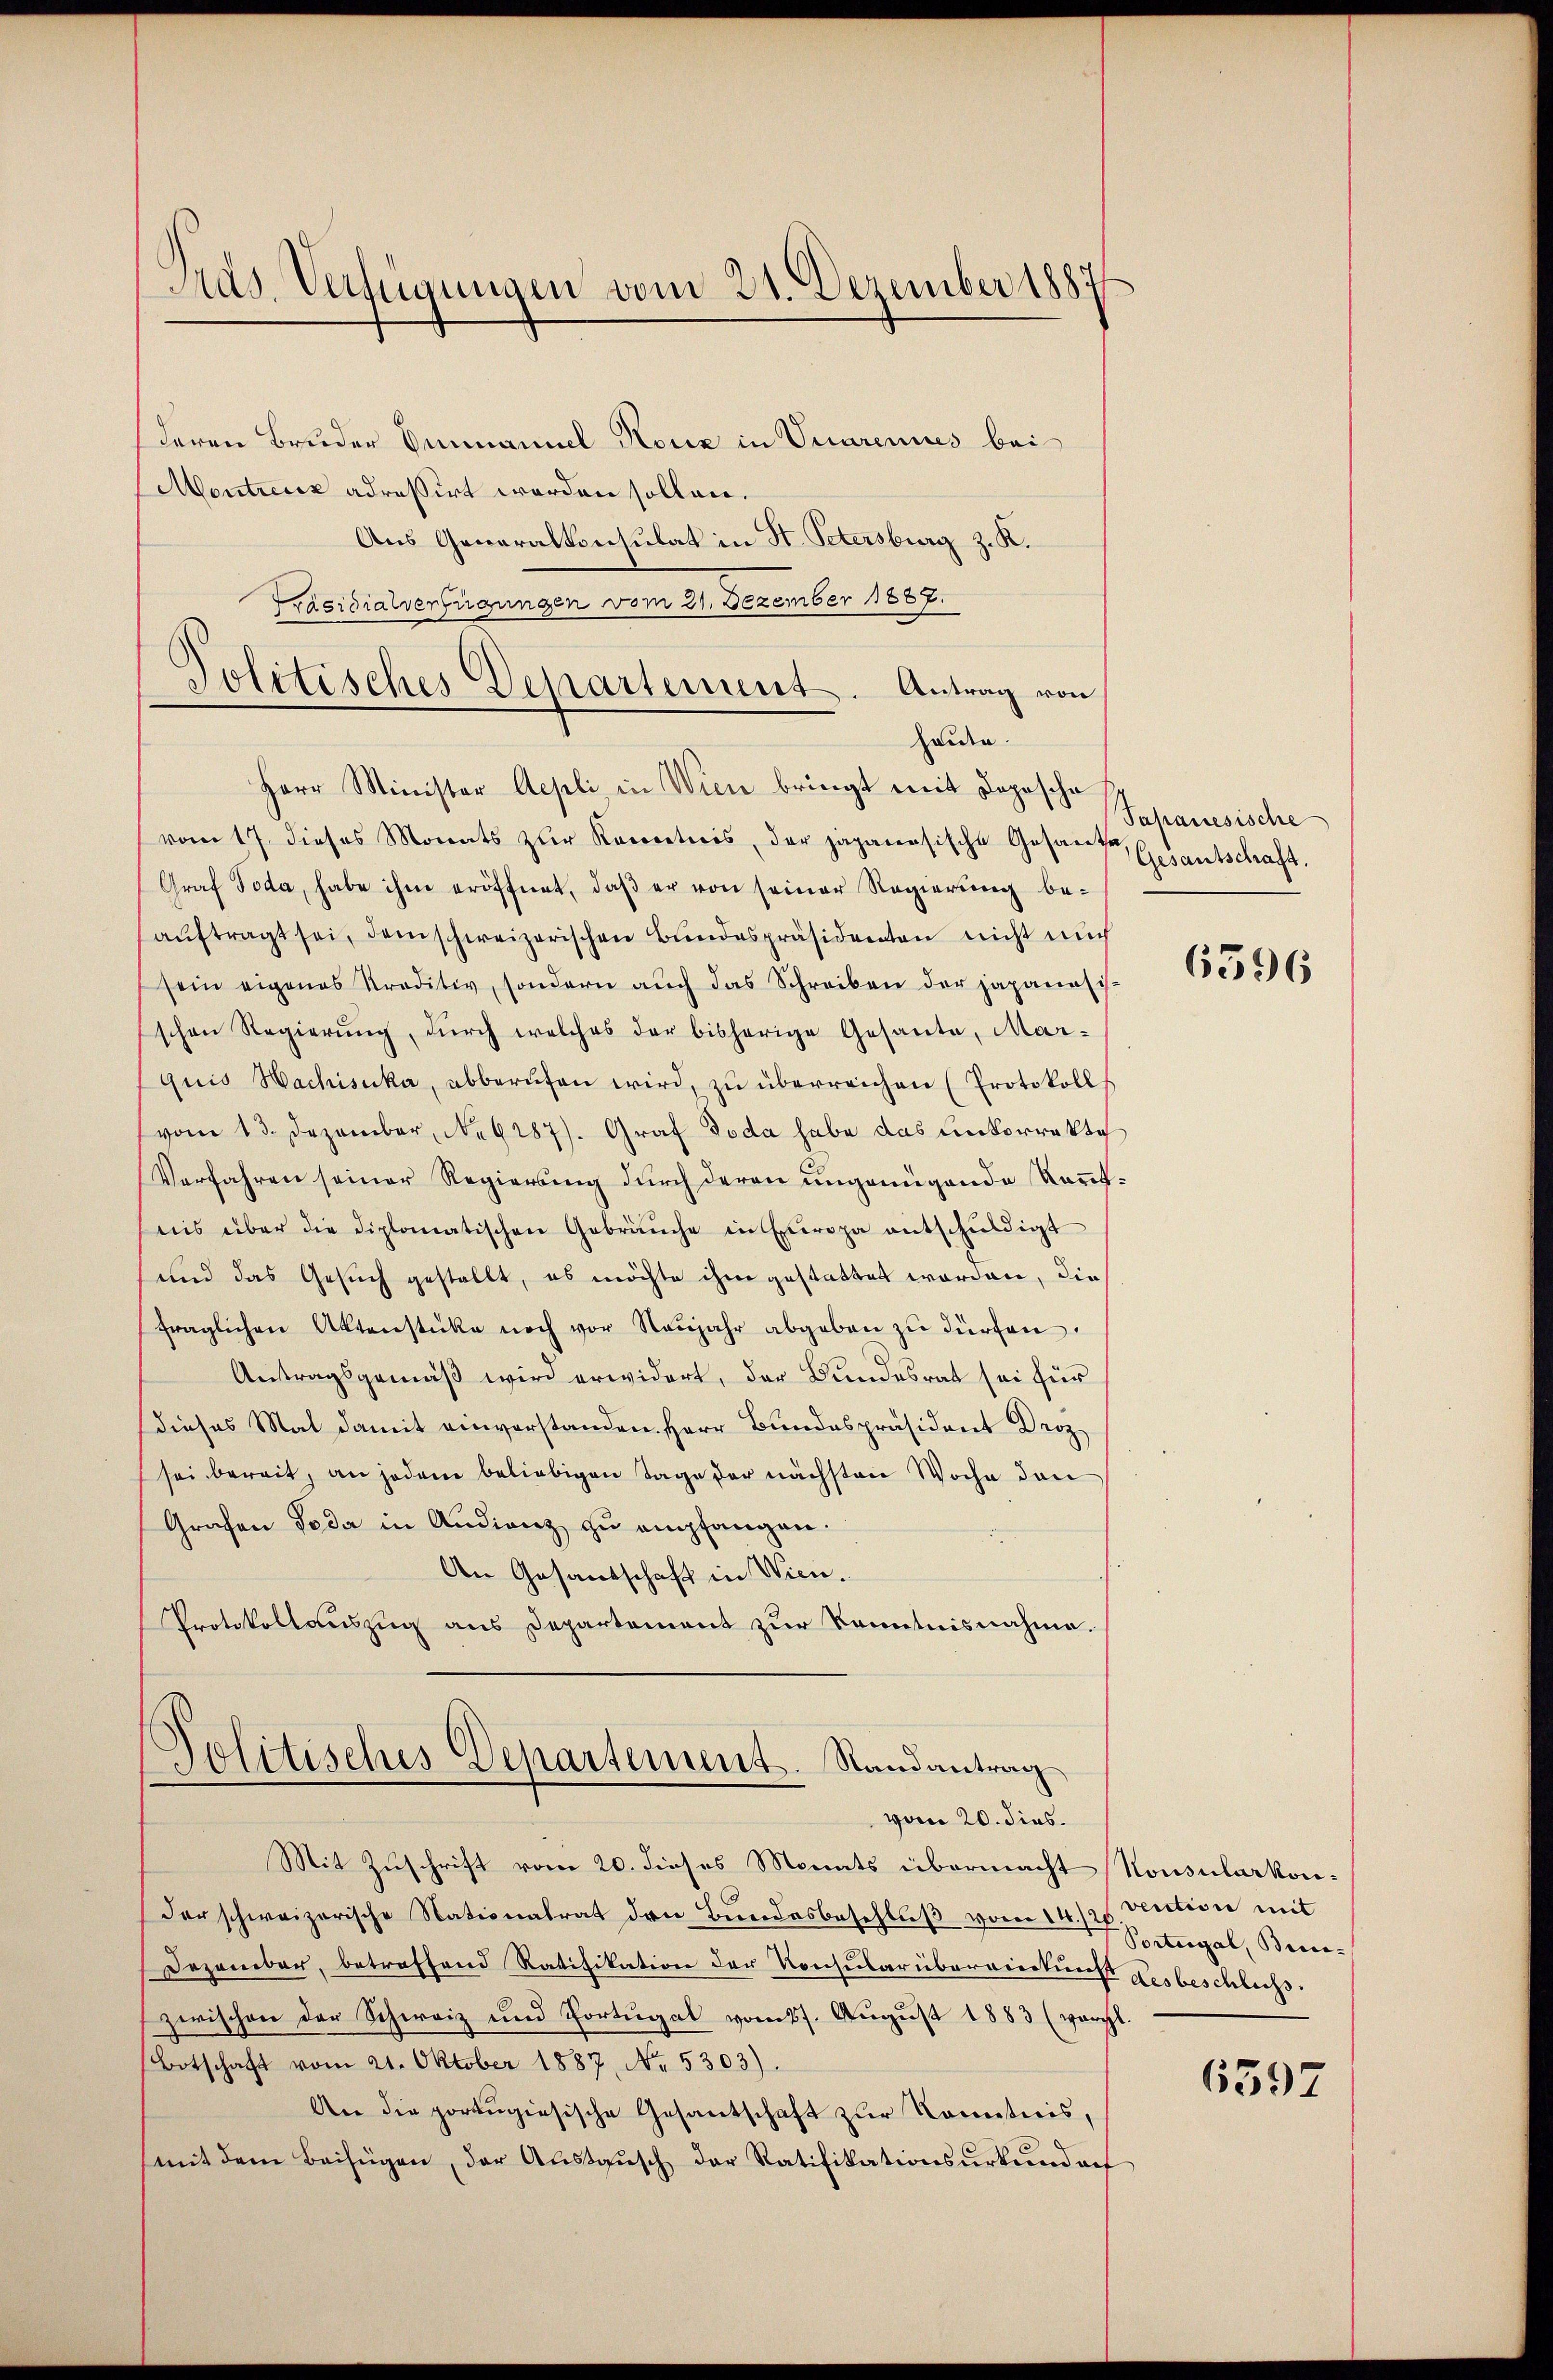
Pras. Verfügungen vom 21. Dezember 1887

deren Bruder Einmanuel Kouz in Vuarennes bei
Montreck adressirt worden sollen.
Aus Generalkonsulat in St. Petersburg z. K.
Präsidialverfügungen vom 21. Dezember 1887.
Politisches Departement. Antrag von
Heiden.
Herr Minister Aepli, in Wien bringt mit Depesche
vom 17. dieses Monats zŭr Raceretiers, der japanesische Gesante
Graf Toda, habe ihm eröffnet, daß er von seiner Regierung beaŭftragt sei, dem schweizerischen Bundespräsidenten nicht mich
sein eigenes Kreditiv, sondern aŭch das Schreiben der japanisch-
schen Regierung, durch welches der bisherige Gesante, Marquis Hachisuka, abberufen wird, zu überreichen (Protokolls
vom 13. Dezember, No 6387). Graf Doda habe das unkorrekte
Verfahren seiner Regierung durch deren ungenügende Kenntnis über die diplomatischen Gebräuche in Europa entschŭldigt
und das Gesuch gestellt, es möchte ihm gestattet worden, die
fraglichen Aktenstücke noch vor Neŭjahr abgeben zu dürfen.
Antragsgemäß wird erwidert, der Bundesrat sei für
dieses Mal damit einverstanden. Herr Bundespräsident Droz
sei bereit, an jedem beliebigen Tage der nächsten Woche den
Grafen Toda in Audienz zu empfangen.
An Gesandschaft in Wien.
Protokollauszug aus Departement zur Kenntnisnahme.

Politisches Departement. Randantrag
vom 20. dies

Mit Zuschrift vom 20. dieses Monats übermacht Konsularkon¬
Der schweizerische Nationalrat den Bundesbeschluß vom 14./25. Section mit
Dezember, betreffend Ratifikation der Konsularüberwirkung desbeschliess.
zwischen der Schweiz und Portugal vom 27. August 1883 (vergl.
Botschaft vom 21. Oktober 1887, No. 5303).
An die portugiesische Gesantschaft zur Kenntnis,
mit dem Beifügen, der Austausch der Ratifikationsurkundorf

Japanesische
Gesantschaft.

6396

Portugal, Bie-

6597